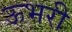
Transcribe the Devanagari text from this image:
ऊभरी